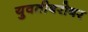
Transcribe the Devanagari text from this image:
युवतीबरोबर